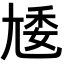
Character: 𡯵